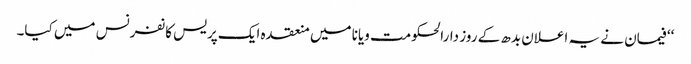
‘‘ فیمان نے یہ اعلان بدھ کے روز دارالحکومت ویانا میں منعقدہ ایک پریس کانفرنس میں کیا۔